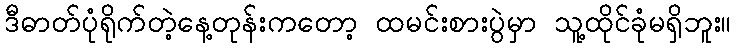
ဒီဓာတ်ပုံရိုက်တဲ့နေ့တုန်းကတော့ ထမင်းစားပွဲမှာ သူ့ထိုင်ခုံမရှိဘူး။